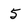
Character: 5